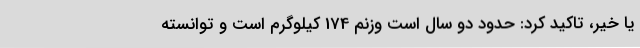
یا خیر، تاکید کرد: حدود دو سال است وزنم 174 کیلوگرم است و توانسته